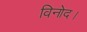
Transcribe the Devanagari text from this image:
विनोद।